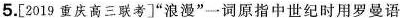
5.[2019重庆高三联考]”浪漫”一词原指中世纪时用罗曼语